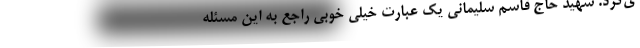
ی‌کرد. شهید حاج قاسم سلیمانی یک عبارت خیلی خوبی راجع به این مسئله